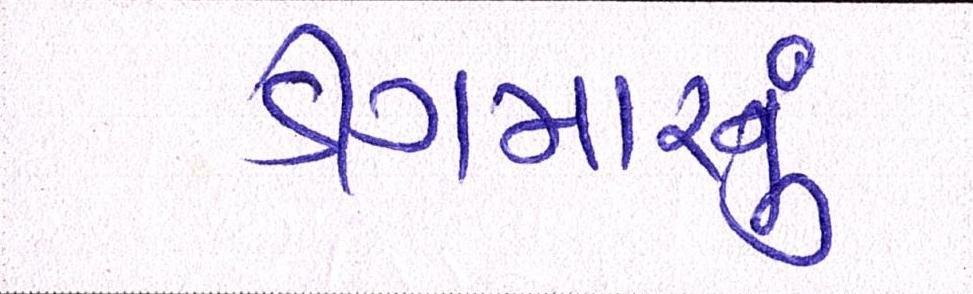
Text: ડીંગમારનું